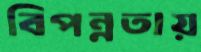
বিপন্নতায়